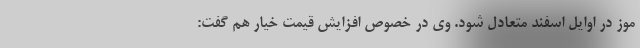
موز در اوایل اسفند متعادل شود. وی در خصوص افزایش قیمت خیار هم گفت: